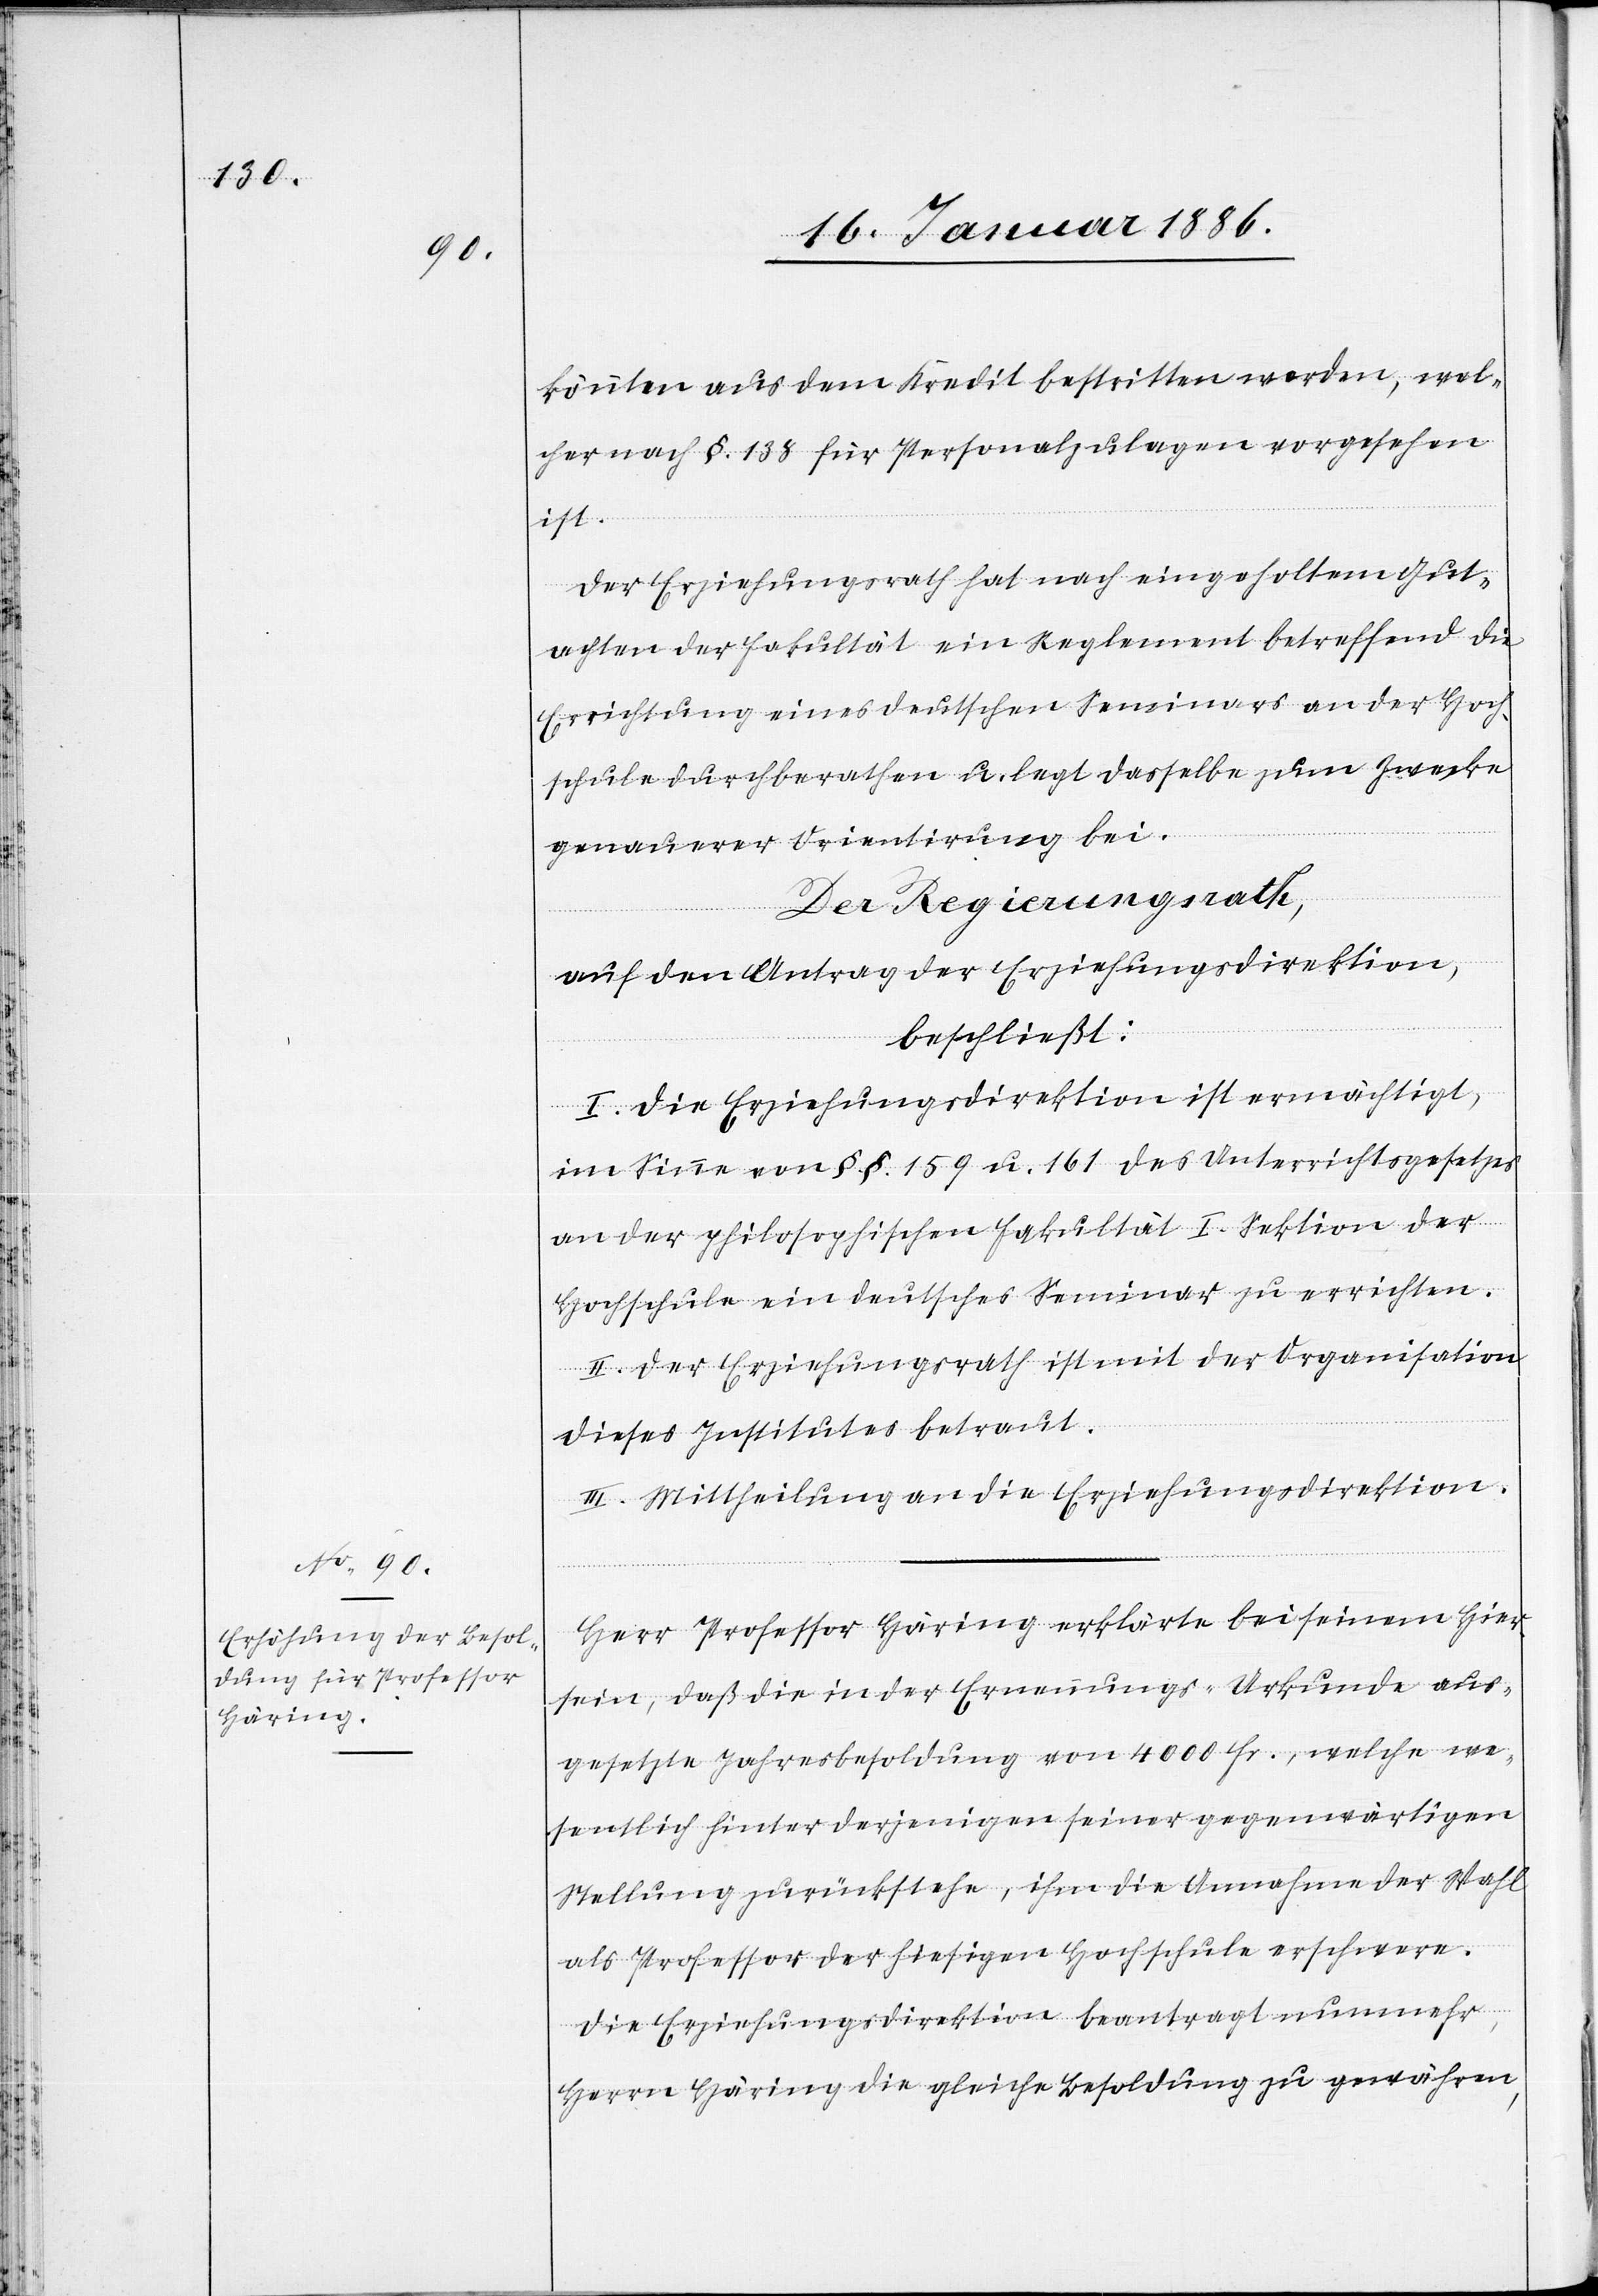
könnten aus dem Kredit bestritten werden, wel¬
cher nach §. 138 für Personalzulagen vorgesehen
ist.
Der Erziehungsrath hat nach eingeholten Gut¬
achten der Fakultät ein Reglement betreffend die
Errichtung eines deutschen Seminars an der Hoch¬
schule durchberathen u. legt dasselbe zum Zwecke
genauer Orientierung bei.
Der Regierungsrath,
auf den Antrag der Erziehungsdirektion,
beschließt:
I. Die Erziehungsdirektion ist ermächtigt,
im Sinne von §.§. 159 u. 161 des Unterrichtsgesetzes
an der philosophischen Fakultät I. Sektion der
Hochschule ein deutsches Seminar zu erreichen.
II. Der Erziehungsrath ist mit der Organisation
dieses Institutes betraut.
III. Mittheilung an die Erziehungsdirektion.
Herr Professor Häring erklärte bei seinem Hier¬
sein, daß die in der Erneuerungs-Urkunde aus¬
gesetzte Jahresbesoldung von 4000 Fr., welche we¬
sentlich hinter derjenigen seiner gegenwärtigen
Stellung zurückstehe, ihm die Annahme der Wahl
als Professor der hiesigen Hochschule erschwere.
Die Erziehungsdirektion beantragt nunmehr,
Herrn Häring die gleiche Besoldung zu gewähren